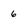
Character: 6